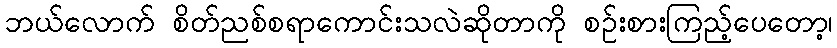
ဘယ်လောက် စိတ်ညစ်စရာကောင်းသလဲဆိုတာကို စဉ်းစားကြည့်ပေတော့၊